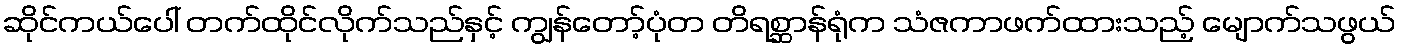
ဆိုင်ကယ်ပေါ် တက်ထိုင်လိုက်သည်နှင့် ကျွန်တော့်ပုံတ တိရစ္ဆာန်ရုံက သံဇကာဖက်ထားသည့် မျောက်သဖွယ်